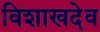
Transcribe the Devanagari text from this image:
विशाखदेव